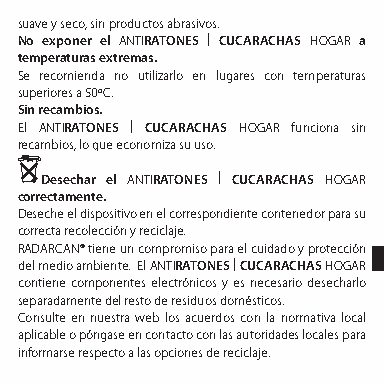
suave y seco, sin productos abrasivos.
 No exponer el ANTIRATONES | CUCARACHAS HOGAR a
 temperaturas extremas.
 Se recomienda no utilizarlo en lugares con temperaturas
 superiores a 50ºC.
 Sin recambios.
 El ANTIRATONES | CUCARACHAS HOGAR funciona sin
 recambios, lo que economiza su uso.
 Desechar el ANTIRATONES | CUCARACHAS HOGAR
 correctamente.
 Deseche el dispositivo en el correspondiente contenedor para su
 correcta recolección y reciclaje.
 RADARCAN® tiene un compromiso para el cuidado y protección
 del medio ambiente. El ANTIRATONES | CUCARACHAS HOGAR
 contiene componentes electrónicos y es necesario desecharlo
 separadamente del resto de residuos domésticos.
 Consulte en nuestra web los acuerdos con la normativa local
 aplicable o póngase en contacto con las autoridades locales para
 informarse respecto a las opciones de reciclaje.